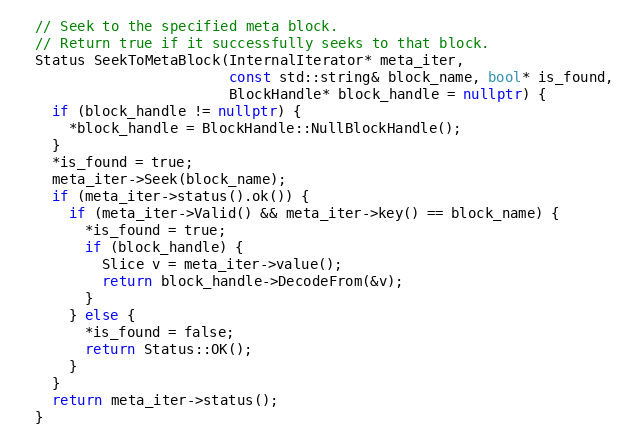
Language: C++
  // Seek to the specified meta block.
  // Return true if it successfully seeks to that block.
  Status SeekToMetaBlock(InternalIterator* meta_iter,
                         const std::string& block_name, bool* is_found,
                         BlockHandle* block_handle = nullptr) {
    if (block_handle != nullptr) {
      *block_handle = BlockHandle::NullBlockHandle();
    }
    *is_found = true;
    meta_iter->Seek(block_name);
    if (meta_iter->status().ok()) {
      if (meta_iter->Valid() && meta_iter->key() == block_name) {
        *is_found = true;
        if (block_handle) {
          Slice v = meta_iter->value();
          return block_handle->DecodeFrom(&v);
        }
      } else {
        *is_found = false;
        return Status::OK();
      }
    }
    return meta_iter->status();
  }